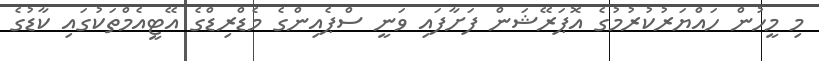
މި މީހުން ހައްޔަރުކުރުމުގެ އޮޕަރޭޝަން ފަށާފައި ވަނީ ސްޕެއިންގެ މެޑްރިޑްގެ އޭޓީއެމްތަކުގައި ކާޑުގެ